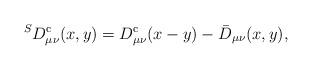
LaTeX: \begin{align*} ^SD^{\rm c}_{\mu\nu}(x,y) = D^{\rm c}_{\mu\nu}(x-y) - \bar{D}_{\mu\nu}(x,y),\end{align*}